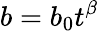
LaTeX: b=b_{0}t^{\beta}